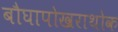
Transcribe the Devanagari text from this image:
बौघापोखराथोक